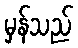
မှန်သည်